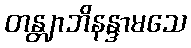
တန္တျာဘိနန္ဒာမသေ